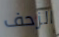
الزحف